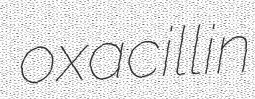
oxacillin